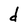
Character: d